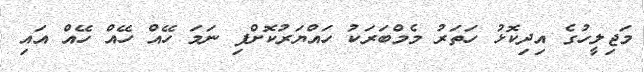
މަޖިލީހުގެ އިދިކޮޅު ހަތަރު މެމްބަރަކު ހައްޔަރުކޮށްފި ނަމަ ހޭއް ހޭއް ހޭއް އައި